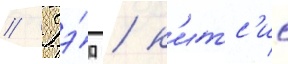
// Гэ́д / к'итс'ис